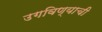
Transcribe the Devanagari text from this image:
उगविण्याची